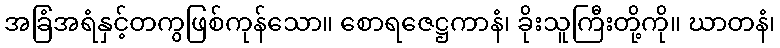
အခြံအရံနှင့်တကွဖြစ်ကုန်သော။ စောရဇေဋ္ဌကာနံ၊ ခိုးသူကြီးတို့ကို။ ဃာတနံ၊